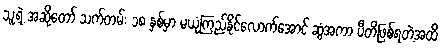
သူ့ရဲ့ အဆိုတော် သက်တမ်း ၁၈ နှစ်မှာ မယုံကြည်နိုင်လောက်အောင် ဆွံအကာ ပီတိဖြစ်ရတဲ့အထိ